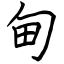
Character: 甸